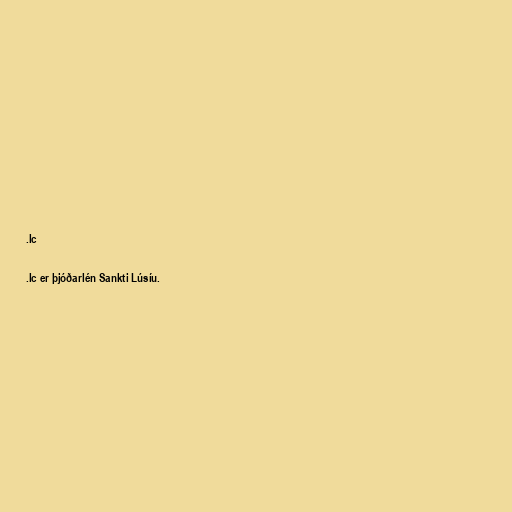
.lc

.lc er þjóðarlén Sankti Lúsíu.